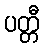
ပတ္တီ